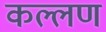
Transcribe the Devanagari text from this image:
कल्लण